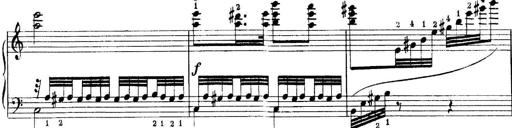
Title: Quatres sonatines
Composer: Tadeusz Joteyko